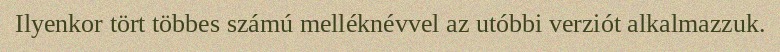
Ilyenkor tört többes számú melléknévvel az utóbbi verziót alkalmazzuk.